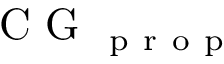
\mathrm { ~ C ~ G ~ } _ { \mathrm { ~ p ~ r ~ o ~ p ~ } }